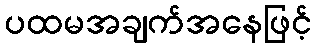
ပထမအချက်အနေဖြင့်